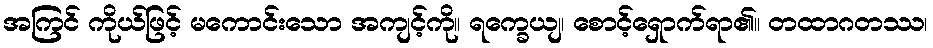
အကြင် ကိုယ်ဖြင့် မကောင်းသော အကျင့်ကို။ ရက္ခေယျ၊ စောင့်ရှောက်ရာ၏။ တထာဂတဿ၊